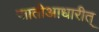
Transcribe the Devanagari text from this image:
जातीआधारीत्